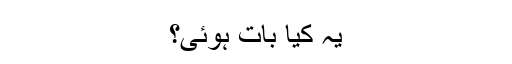
یہ کیا بات ہوئی؟